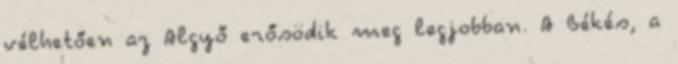
vélhetően az Algyő erősödik meg legjobban. A Békés, a